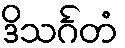
ဒိသင်္ဂတံ